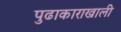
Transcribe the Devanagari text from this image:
पुढाकाराखाली